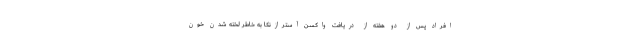
افراد پس از دو هفته از دریافت واکسن آسترازنکا به خاطر لخته شدن خون